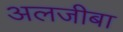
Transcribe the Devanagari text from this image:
अलजीबा